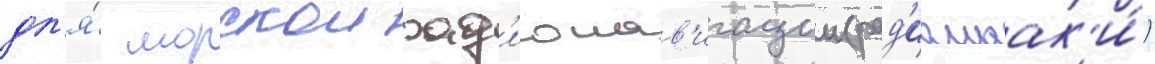
дл'я́ морскои рад'ионав'игации (рад'иомаак'и́)